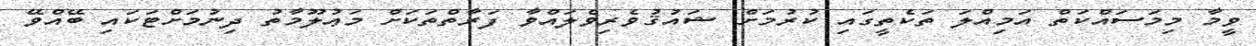
ވީމާ މިމަސައްކަތް އަމިއްލަ ތަކެތީގައި ކުރުމަށް ޝައުޤުވެރިވެލައްވާ ފަރާތްތަކަށް މަޢުލޫމާތު ދިނުމަށްޓަކައި ބޭއްވޭ